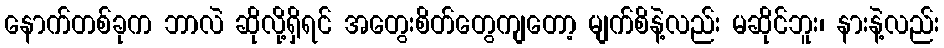
နောက်တစ်ခုက ဘာလဲ ဆိုလို့ရှိရင် အတွေးစိတ်တွေကျတော့ မျက်စိနဲ့လည်း မဆိုင်ဘူး၊ နားနဲ့လည်း